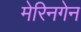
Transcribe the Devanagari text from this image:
मेरिनगेन